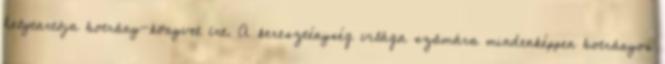
helytartója botrány-könyvet írt. A kereszténység világa számára mindenképpen botrányos